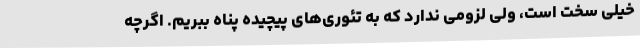
خیلی سخت است، ولی لزومی ندارد که به تئوری‌های پیچیده پناه ببریم. اگرچه